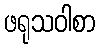
ဖရုသဝါစာ